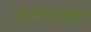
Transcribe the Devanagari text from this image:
जीडीपीसोबत